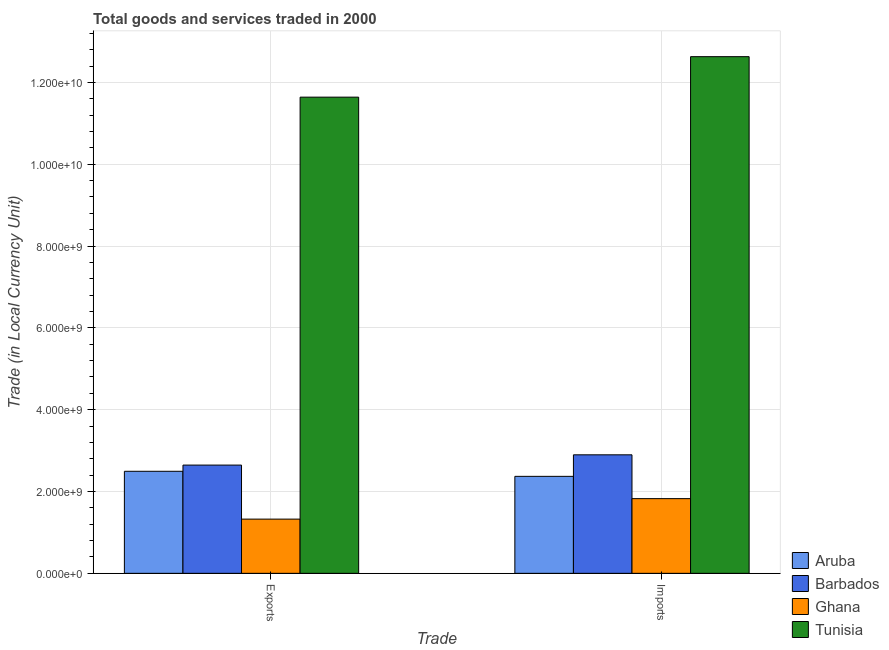
| Trade | Aruba | Barbados | Ghana | Tunisia |
 | --- | --- | --- | --- | --- |
 | Exports | 2.49e+09 | 2.65e+09 | 1.33e+09 | 1.16e+10 |
 | Imports | 2.37e+09 | 2.9e+09 | 1.83e+09 | 1.26e+10 |